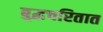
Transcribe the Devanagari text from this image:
बुद्धचरितात